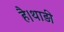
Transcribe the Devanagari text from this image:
है।थाड़ी